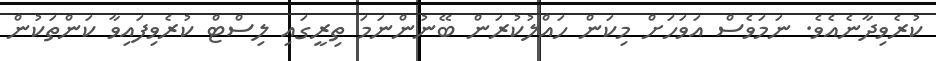
ކުރެވިދާނެއެވެ. ނަމަވެސް އަވަހަށް މިކަން ހައްލުކުރަން ބޭނުންނަމަ ތިރީގައި ލިސްޓް ކުރެވިފައިވާ ކަންތަކުން